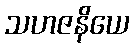
သဟဇနိယေ